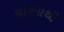
ચારમાથી